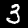
Label: 3